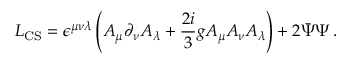
{ \cal L } _ { \mathrm { C S } } = \epsilon ^ { \mu \nu \lambda } \left( A _ { \mu } \partial _ { \nu } A _ { \lambda } + \frac { 2 i } { 3 } g A _ { \mu } A _ { \nu } A _ { \lambda } \right) + 2 \bar { \Psi } \Psi \, .